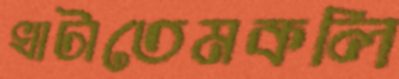
খাটাতেমকলি